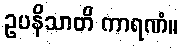
ဥပနိသာတိ ကာရဏံ။